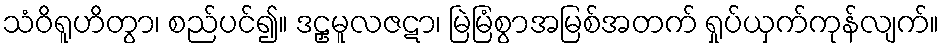
သံဝိရူဟိတွာ၊ စည်ပင်၍။ ဒဠှမူလဇဋာ၊ မြဲမြံစွာအမြစ်အတက် ရှုပ်ယှက်ကုန်လျက်။